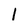
Character: l